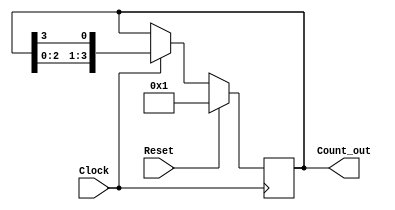
`timescale 1ns / 1ps
//////////////////////////////////////////////////////////////////////////////////
// Company: 
// 
// Design Name: Ring Counter
// Module Name: ring_counter
// Project Name: 
// Target Devices: 
// Tool Versions: 
// Description: 
// 
// Dependencies: 
// 
// Revision:
// Revision 0.01 - File Created
// Additional Comments:
// 
//////////////////////////////////////////////////////////////////////////////////

module ring_counter(
    Clock,
    Reset,
    Count_out
    );

    input Clock;
    input Reset;
    output [3:0] Count_out;
    reg [3:0] Count_temp;

    always @(posedge Clock)
    begin
        if(Reset == 1'b1)   begin  
            Count_temp = 4'b0001;   end  
        else if(Clock == 1'b1)  begin  
            Count_temp = {Count_temp[2:0],Count_temp[3]};   end 
    end
    
    assign Count_out = Count_temp;
    
endmodule